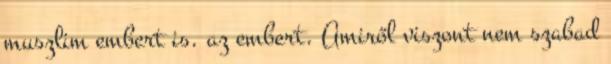
muszlim embert is. az embert. Amiről viszont nem szabad